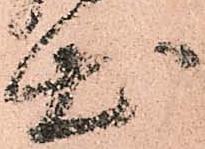
出